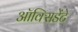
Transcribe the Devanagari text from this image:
ऑक्सिडेंटे